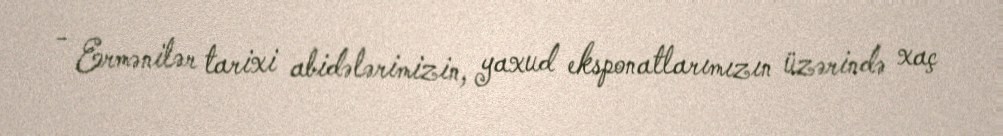
- Ermənilər tarixi abidələrimizin, yaxud eksponatlarımızın üzərində xaç